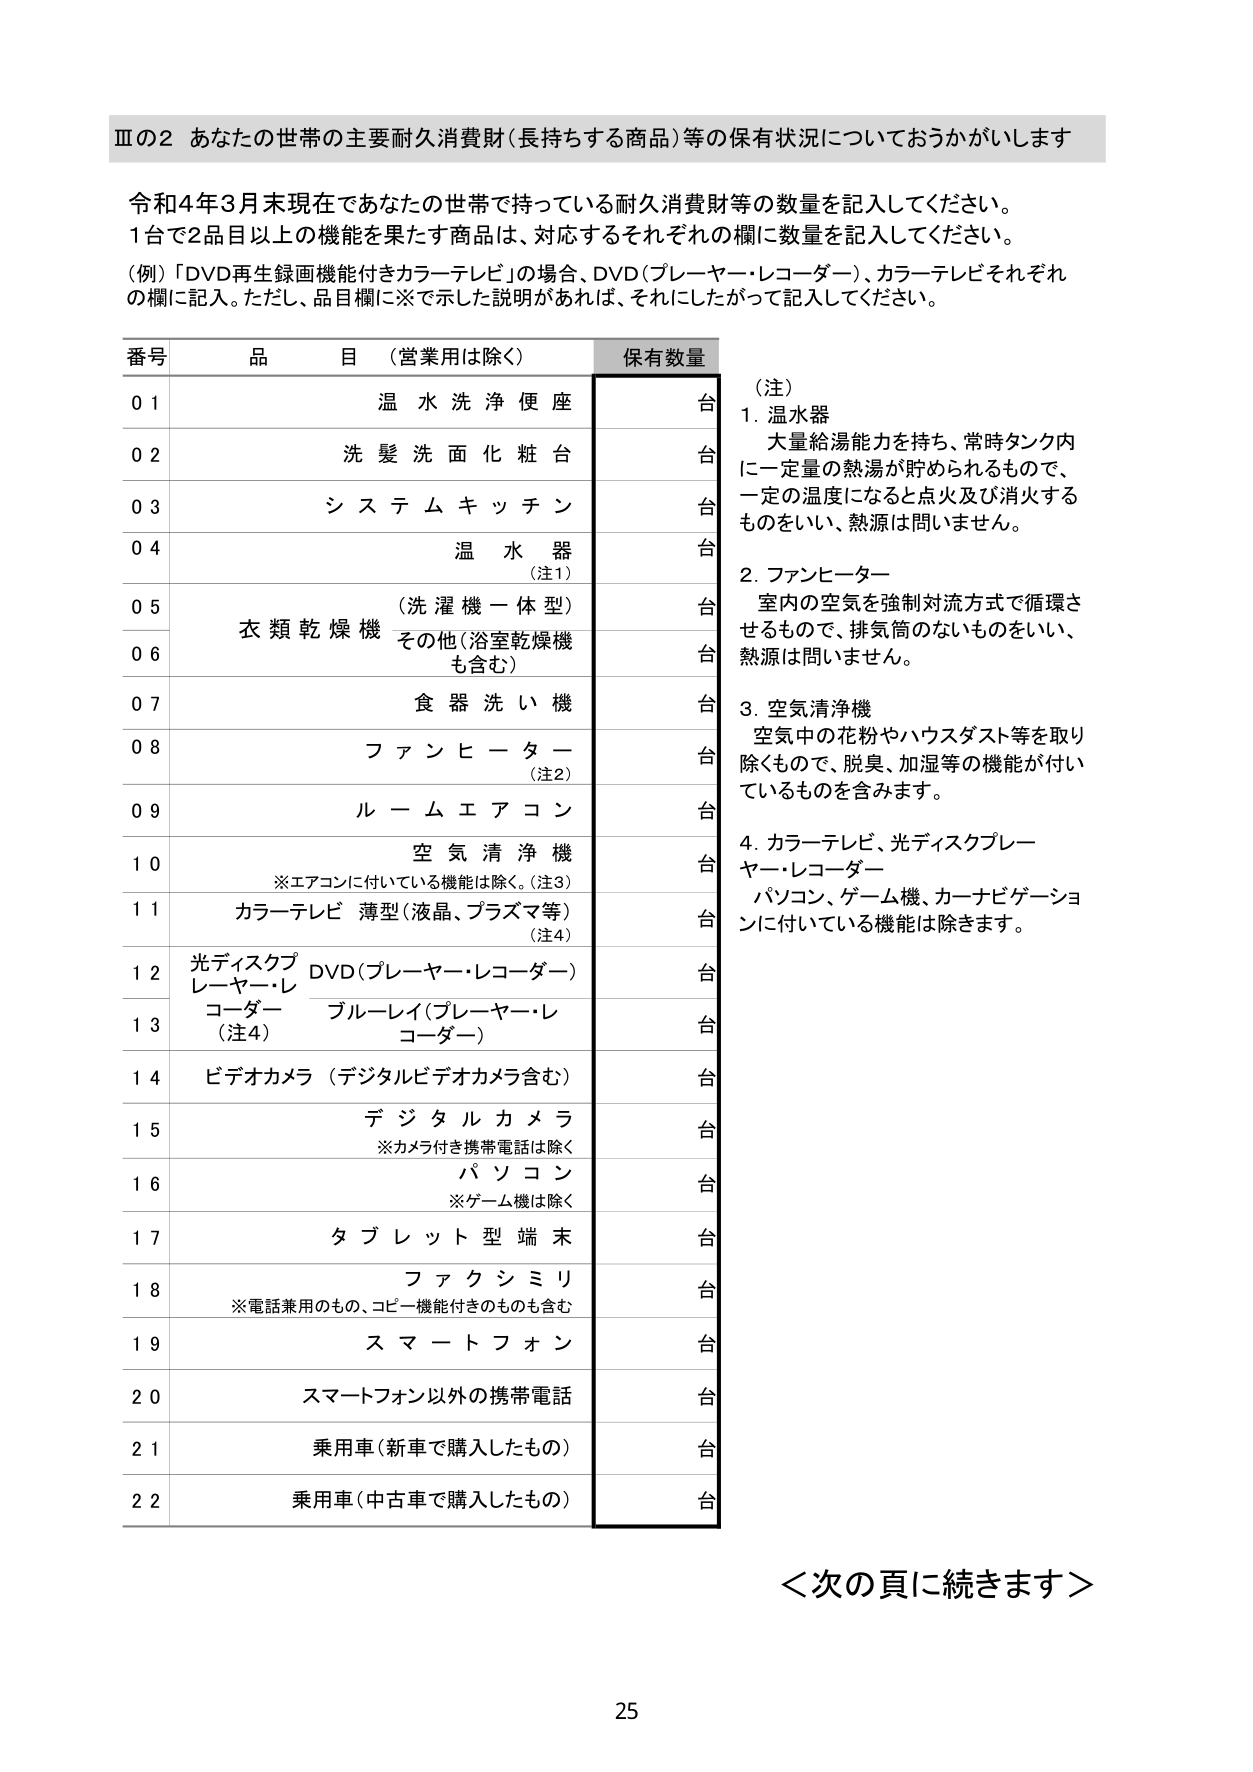
Ⅲの2 あなたの世帯の主要耐久消費財（長持ちする商品）等の保有状況についておうかがいします

令和4年3月末現在であなたの世帯で持っている耐久消費財等の数量を記入してください。
1台で2品目以上の機能を果たす商品は、対応するそれぞれの欄に数量を記入してください。
（例）「DVD再生録画機能付きカラーテレビ」の場合、DVD（プレーヤー・レコーダー）、カラーテレビをそれぞれの欄に記入。ただし、品目欄に※で示した説明があれば、それにしたがって記入してください。

番号 品目（営業用は除く） 保有数量
01 温水洗浄便座 台
02 洗髪洗面化粧台 台
03 システムキッチン 台
04 温水器（注1） 台
05 （洗濯機一体型） 台
06 衣類乾燥機 その他（浴室乾燥機も含む） 台
07 食器洗い機 台
08 ファンヒーター（注2） 台
09 ルームエアコン 台
10 空気清浄機 ※エアコンに付いている機能は除く。（注3） 台
11 カラーテレビ 薄型（液晶、プラズマ等）（注4） 台
12 光ディスクプレーヤー・レコーダー DVD（プレーヤー・レコーダー） 台
13 ブルーレイ（プレーヤー・レコーダー）（注4） 台
14 ビデオカメラ（デジタルビデオカメラ含む） 台
15 デジタルカメラ ※カメラ付き携帯電話は除く 台
16 パソコン ※ゲーム機は除く 台
17 タブレット型端末 台
18 ファクシミリ ※電話兼用のもの、コピー機能付きのものも含む 台
19 スマートフォン 台
20 スマートフォン以外の携帯電話 台
21 乗用車（新車で購入したもの） 台
22 乗用車（中古車で購入したもの） 台

（注）
1. 温水器
大量給湯能力を持ち、常時タンク内に一定量の熱湯が貯められるもので、一定の温度になると点火及び消火するものをいい、熱源は問いません。
2. ファンヒーター
室内の空気を強制対流方式で循環させるもので、排気筒のないものをいい、熱源は問いません。
3. 空気清浄機
空気中の花粉やハウスダスト等を取り除くもので、脱臭、加湿等の機能が付いているものを含みます。
4. カラーテレビ、光ディスクプレーヤー・レコーダー
パソコン、ゲーム機、カーナビゲーションに付いている機能は除きます。

＜次の頁に続きます＞

25